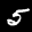
Label: 5